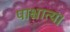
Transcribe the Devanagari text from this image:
पाश्चात्य।